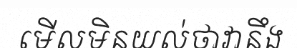
មើលមិនយល់ថាវានឹង